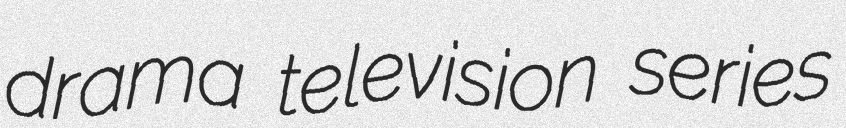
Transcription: drama television series